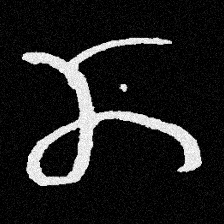
Pyu character \u2014 Myanmar letter: ဏ (romanized: nna)